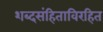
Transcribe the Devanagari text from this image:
शब्दसंहिताविरहित